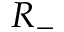
R _ { - }